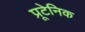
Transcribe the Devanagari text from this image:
प्रूटेनिक